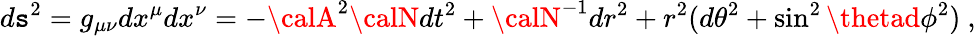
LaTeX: d\mathtt{s}^{2}=g_{\mu\nu}dx^{\mu}dx^{\nu}=-{\calA}^{2}{\calN}dt^{2}+{\calN}^{-1}dr^{2}+r^{2}(d\theta^{2}+\sin^{2}\thetad\phi^{2})\ ,